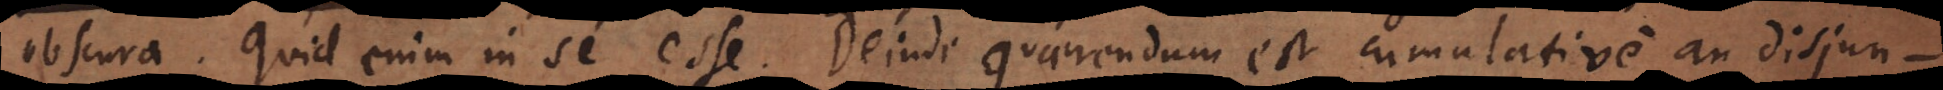
obscura. Quid enim in se esse. Deinde quaerendum est cumulative an disjun